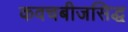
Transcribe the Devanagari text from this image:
कवचबीजसिद्ध